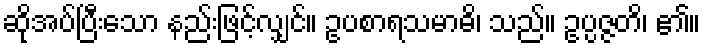
ဆိုအပ်ပြီးသော နည်းဖြင့်လျှင်။ ဥပစာရသမာဓိ၊ သည်။ ဥပ္ပဇ္ဇတိ၊ ၏။